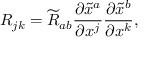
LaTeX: R _ { j k } = { \widetilde { R } } _ { a b } { \frac { \partial { \widetilde { x } } ^ { a } } { \partial x ^ { j } } } { \frac { \partial { \widetilde { x } } ^ { b } } { \partial x ^ { k } } } ,